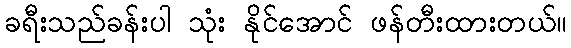
ခရီးသည်ခန်းပါ သုံး နိုင်အောင် ဖန်တီးထားတယ်။